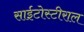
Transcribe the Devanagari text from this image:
साईटोस्टीराल